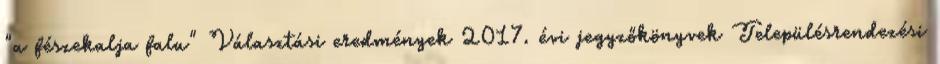
"a fészekalja falu" Választási eredmények 2017. évi jegyzőkönyvek Településrendezési